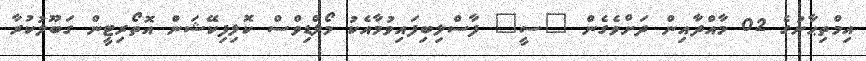
އިމްތިޙާނުގެ 02 މާއްދާއިން ދަށްވެގެން "ސީ" ފާސްލިބިފައިވުމާއެކު މޯލްޑިވްސް ކޮލިފިކޭޝަން އޮތޯރިޓީން ގަބޫލުކުރާ